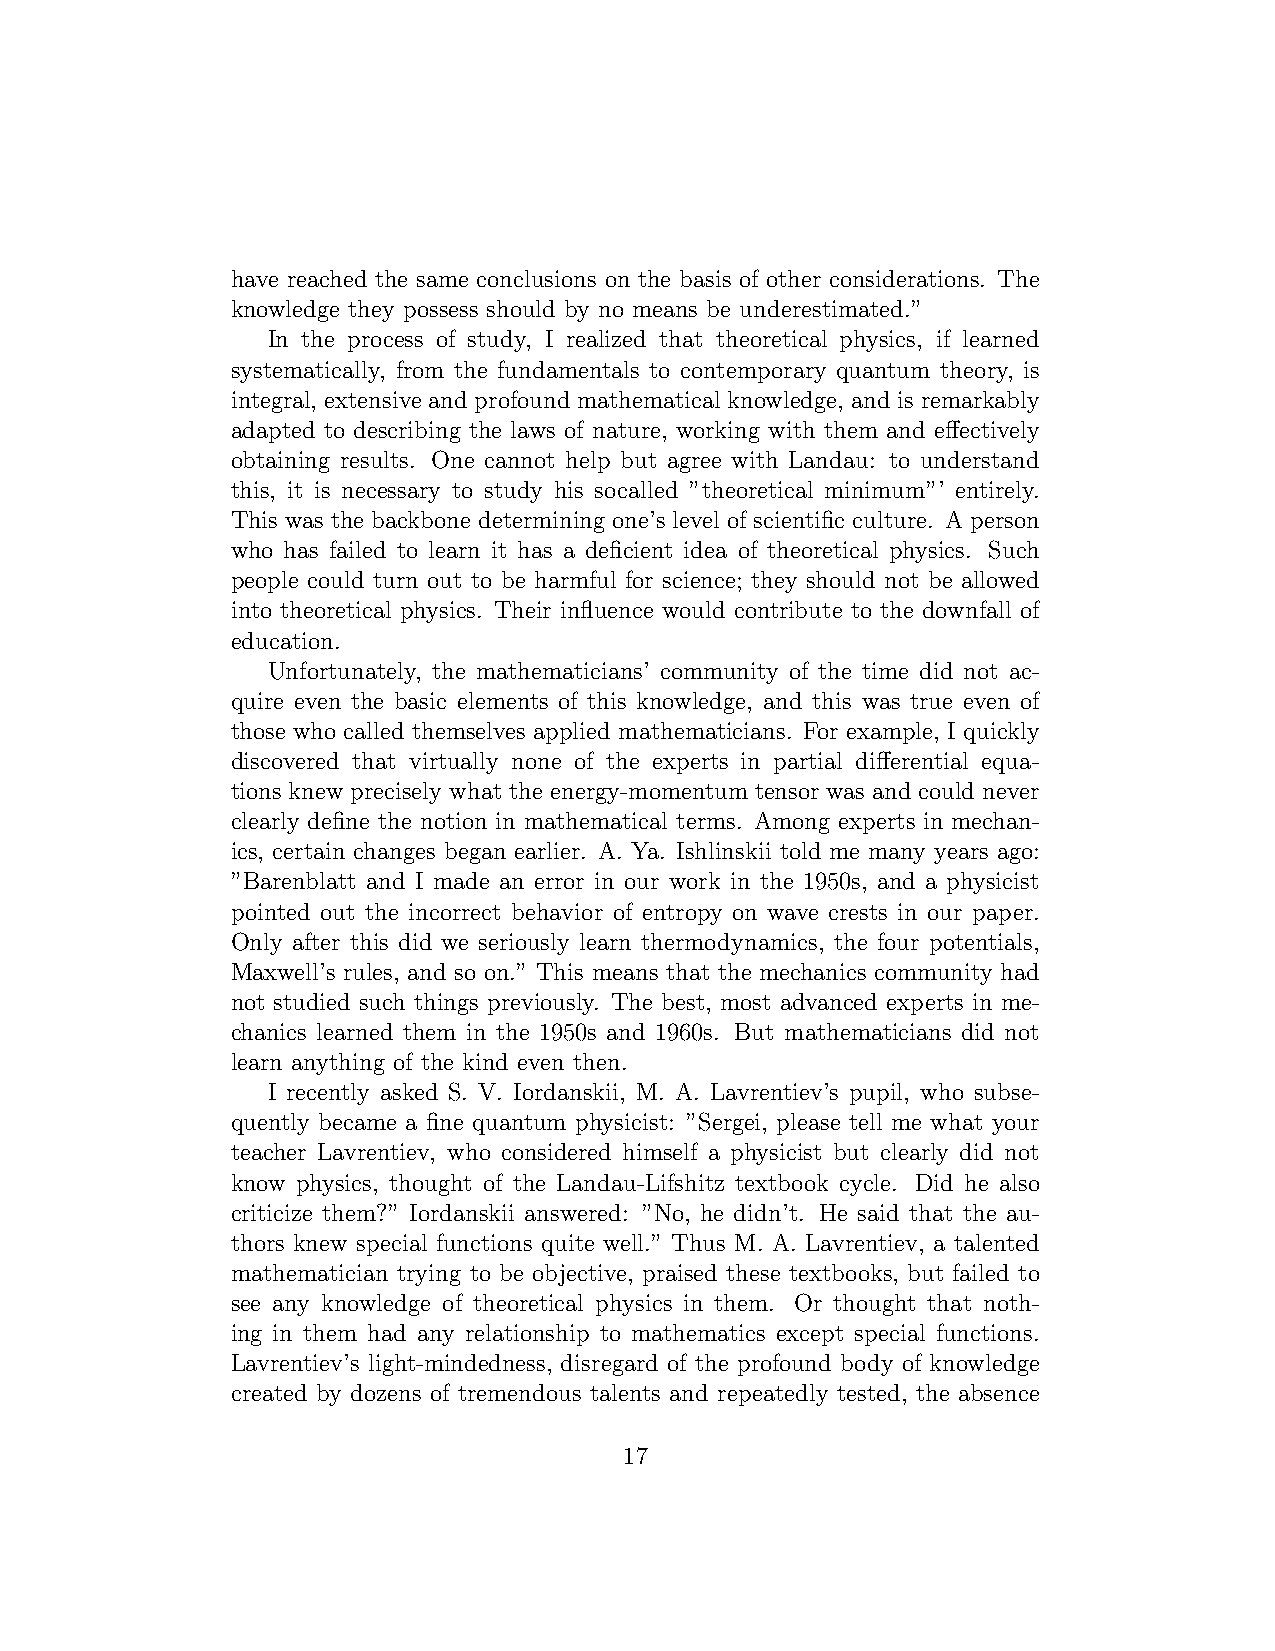
have reached the same conclusions on the basis of other considerations. The
 knowledge they possess should by no means be underestimated.”
 In the process of study, I realized that theoretical physics, if learned
 systematically, from the fundamentals to contemporary quantum theory, is
 integral, extensive and profound mathematical knowledge, and is remarkably
 adapted to describing the laws of nature, working with them and effectively
 obtaining results. One cannot help but agree with Landau: to understand
 this, it is necessary to study his socalled ”theoretical minimum”’ entirely.
 This was the backbone determining one’s level of scientific culture. A person
 who has failed to learn it has a deficient idea of theoretical physics. Such
 people could turn out to be harmful for science; they should not be allowed
 into theoretical physics. Their influence would contribute to the downfall of
 education.
 Unfortunately, the mathematicians’ community of the time did not ac-
 quire even the basic elements of this knowledge, and this was true even of
 those who called themselves applied mathematicians. For example, I quickly
 discovered that virtually none of the experts in partial differential equa-
 tions knew precisely what the energy-momentum tensor was and could never
 clearly define the notion in mathematical terms. Among experts in mechan-
 ics, certain changes began earlier. A. Ya. Ishlinskii told me many years ago:
 ”Barenblatt and I made an error in our work in the 1950s, and a physicist
 pointed out the incorrect behavior of entropy on wave crests in our paper.
 Only after this did we seriously learn thermodynamics, the four potentials,
 Maxwell’s rules, and so on.” This means that the mechanics community had
 not studied such things previously. The best, most advanced experts in me-
 chanics learned them in the 1950s and 1960s. But mathematicians did not
 learn anything of the kind even then.
 I recently asked S. V. Iordanskii, M. A. Lavrentiev’s pupil, who subse-
 quently became a fine quantum physicist: ”Sergei, please tell me what your
 teacher Lavrentiev, who considered himself a physicist but clearly did not
 know physics, thought of the Landau-Lifshitz textbook cycle. Did he also
 criticize them?” Iordanskii answered: ”No, he didn’t. He said that the au-
 thors knew special functions quite well.” Thus M. A. Lavrentiev, a talented
 mathematician trying to be objective, praised these textbooks, but failed to
 see any knowledge of theoretical physics in them. Or thought that noth-
 ing in them had any relationship to mathematics except special functions.
 Lavrentiev’s light-mindedness, disregard of the profound body of knowledge
 created by dozens of tremendous talents and repeatedly tested, the absence
 17